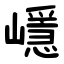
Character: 嶾